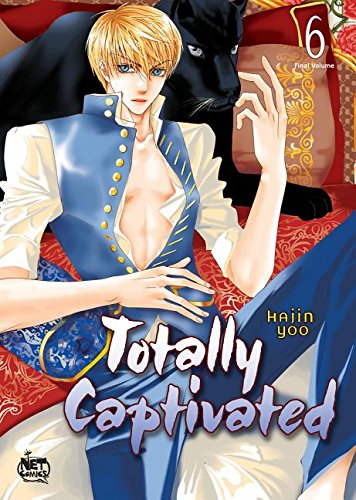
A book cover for Totally Captivated Volume 6; Hajin Yoo; Comics & Graphic Novels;